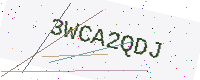
Text: 3WCA2QDJ